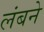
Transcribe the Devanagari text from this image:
लंबने